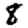
Digit: 8